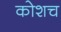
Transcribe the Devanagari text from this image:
कोशच